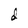
Character: d